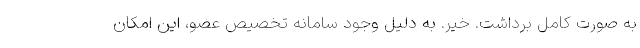
به صورت کامل برداشت. خیر. به دلیل وجود سامانه تخصیص عضو، این امکان